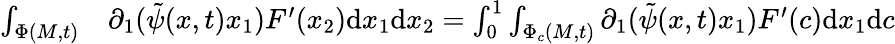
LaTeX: \begin{array}{rl}{\int_{\Phi(M,t)}}&{{}\partial_{1}(\tilde{\psi}(x,t)x_{1})F^{\prime}(x_{2})\mathrm{d}x_{1}\mathrm{d}x_{2}=\int_{0}^{1}\int_{\Phi_{c}(M,t)}\partial_{1}(\tilde{\psi}(x,t)x_{1})F^{\prime}(c)\mathrm{d}x_{1}\mathrm{d}c}\end{array}